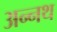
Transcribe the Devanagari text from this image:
अन्नथ